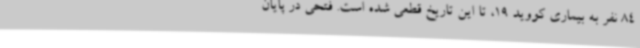
84 نفر به بیماری کووید 19، تا این تاریخ قطعی شده است. فتحی در پایان